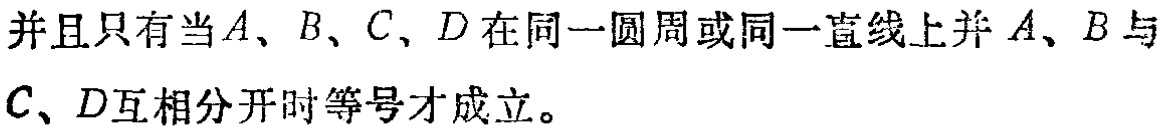
并且只有当\(A、B、C、D\)在同一圆周或同一直线上并\(A、B\)与\(C、D\)互相分开时等号才成立。